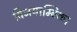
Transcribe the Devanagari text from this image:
विजयाम्बिका